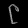
Digit: ၉